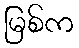
မြစ်က